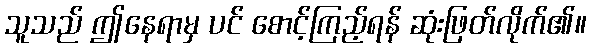
သူသည် ဤနေရာမှ ပင် စောင့်ကြည့်ရန် ဆုံးဖြတ်လိုက်၏။